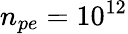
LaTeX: n_{pe}=10^{12}